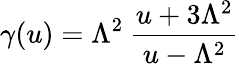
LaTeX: \gamma(u)=\Lambda^{2}\: \frac{u+3\Lambda^{2}}{u-\Lambda^{2}}